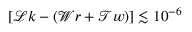
\left[ \mathcal { L } k - \left( \mathcal { W } r + \mathcal { T } w \right) \right] \lesssim 1 0 ^ { - 6 }